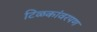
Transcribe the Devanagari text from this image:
टिळकांवरपण